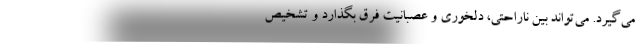
می‌گیرد. می‌تواند بین ناراحتی، دلخوری و عصبانیت فرق بگذارد و تشخیص